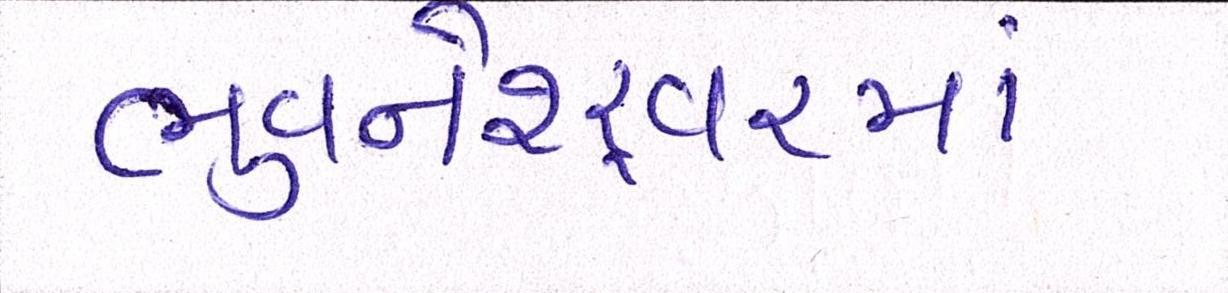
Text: ભુવનેશ્ર્વરમાં